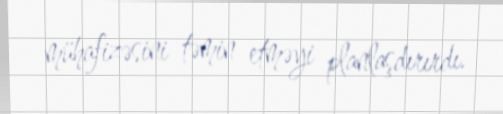
mühafizəsini təmin etməyi planlaşdırırdı.